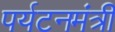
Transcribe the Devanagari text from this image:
पर्यटनमंत्री